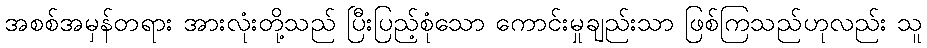
အစစ်အမှန်တရား အားလုံးတို့သည် ပြီးပြည့်စုံသော ကောင်းမှုချည်းသာ ဖြစ်ကြသည်ဟုလည်း သူ